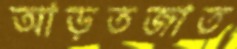
আড়তজাত